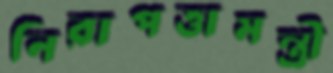
নিরাপত্তামন্ত্রী